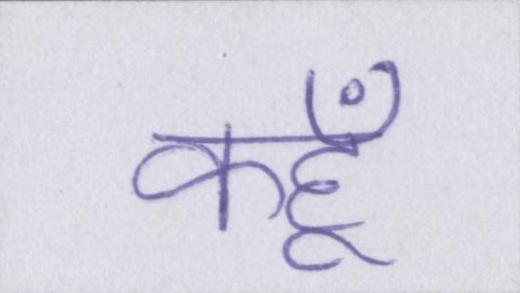
कहूँ